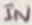
Text: IN